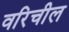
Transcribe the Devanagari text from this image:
वरिचील